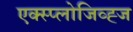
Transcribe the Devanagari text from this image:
एक्स्प्लोजिव्ह्ज